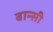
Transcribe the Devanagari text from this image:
बान्‍सी